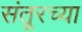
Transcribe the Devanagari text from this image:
संतूरच्या